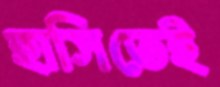
হাসিতেই